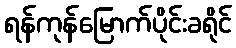
ရန်ကုန်မြောက်ပိုင်းခရိုင်